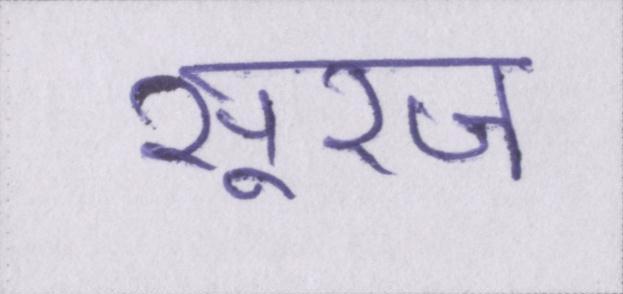
सूरज